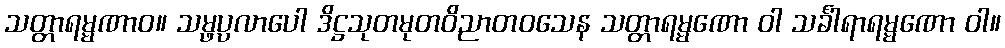
သတ္တာရမ္မဏာဝ။ သမ္ဖပ္ပလာပေါ ဒိဋ္ဌသုတမုတဝိညာတဝသေန သတ္တာရမ္မဏော ဝါ သင်္ခါရာရမ္မဏော ဝါ။